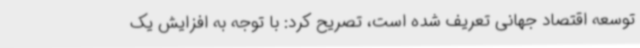
توسعه اقتصاد جهانی تعریف شده است، تصریح کرد: با توجه به افزایش یک